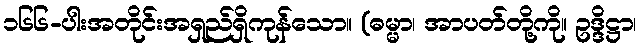
၁၆၆-ပါးအတိုင်းအရှည်ရှိကုန်သော။ (ဓမ္မာ၊ အာပတ်တို့ကို။ ဥဒ္ဒိဋ္ဌာ၊